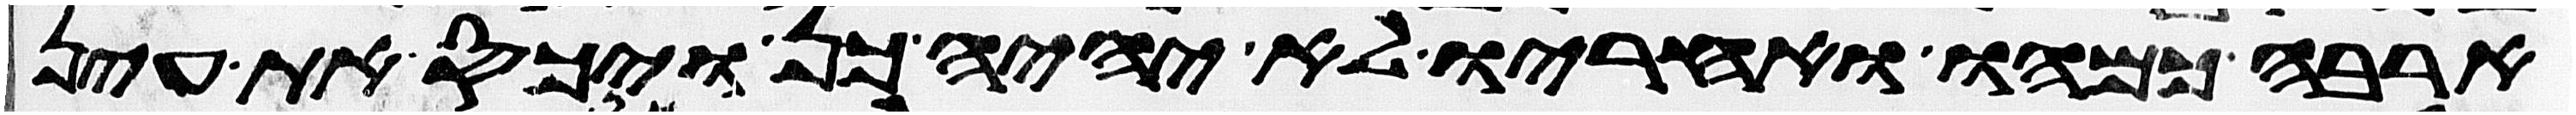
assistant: ארבה כמהו ואחריו לא יהיה כן ויכס את עין